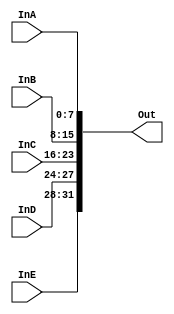
module concatenator(InA, InB, InC, InD, InE, Out);
  input [7:0] InA, InB, InC;
  input [3:0] InD, InE;
  output [31:0]  Out;
  assign Out = {InE, InD, InC, InB, InA};
endmodule